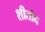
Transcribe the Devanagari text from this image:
शीतोद